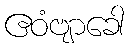
ဧဝံဗျာခေါ